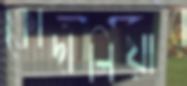
কোদালিয়ার